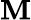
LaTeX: {\cal\mathbf{M}}